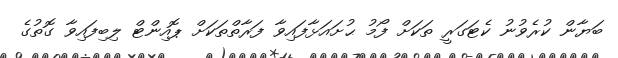
ބަޔާން ކުރެވުނު ކެޓަގަރީ ތަކަށް ފޯމު ޙުށައަޅާފައިވާ ފަރާތްތަކަށް ޕޮއިންޓް ލިބިފައިވާ ގޮތުގެ